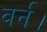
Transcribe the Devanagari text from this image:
वर्न।